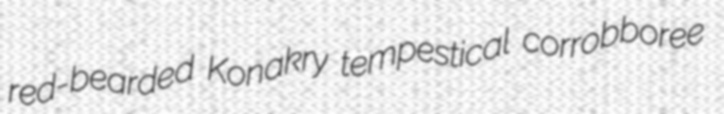
red-bearded Konakry tempestical corrobboree